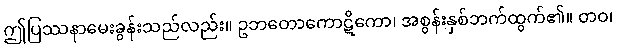
ဤပြဿနာမေးခွန်းသည်လည်း။ ဥဘတောကောဋိကော၊ အစွန်းနှစ်ဘက်ထွက်၏။ တဝ၊